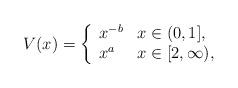
LaTeX: \begin{align*}V(x)=\left\{\begin{array}{ll}x^{-b}&x\in(0,1],\\x^a&x\in[2,\infty),\\\end{array}\right.\end{align*}